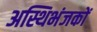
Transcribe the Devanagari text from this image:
अस्थिभंजकों